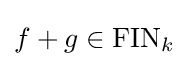
f+g\in \mathrm {FIN} _{k}